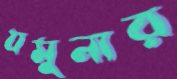
যমুনার